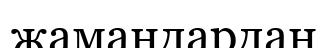
жамандардан